Document type: Sale
Year: 1235
Scribe: Pere de Bages
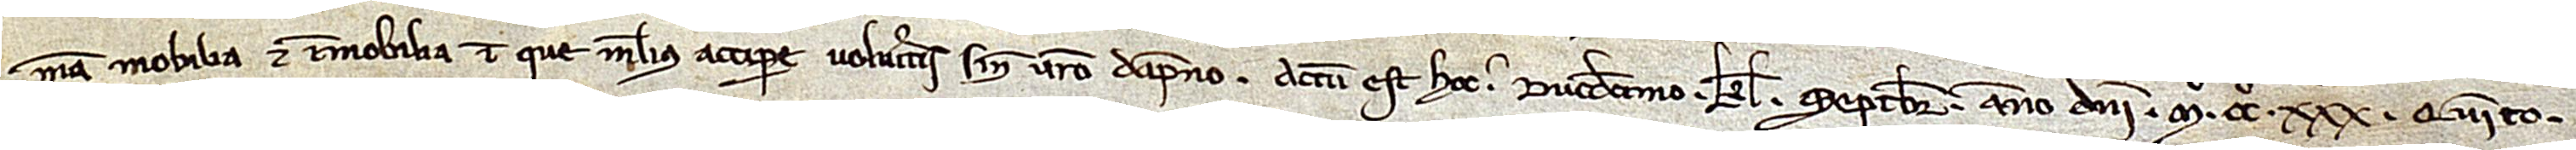
mea, mobilia et immobilia, in que melius accipere volueritis sine vestro dampno. Actum est hoc duodecimo kalendas septembris, anno Domini Mº CCº XXXº quinto.